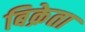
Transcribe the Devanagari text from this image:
बिक्रेता